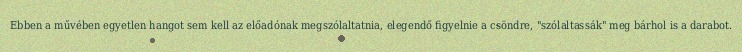
Ebben a művében egyetlen hangot sem kell az előadónak megszólaltatnia, elegendő figyelnie a csöndre, "szólaltassák" meg bárhol is a darabot.